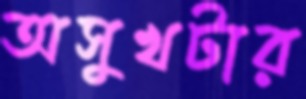
অসুখটার